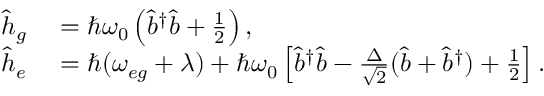
\begin{array} { r l } { \hat { h } _ { g } } & { { } = \hbar \omega _ { 0 } \left( \hat { b } ^ { \dagger } \hat { b } + \frac { 1 } { 2 } \right) , } \\ { \hat { h } _ { e } } & { { } = \hbar ( \omega _ { e g } + \lambda ) + \hbar \omega _ { 0 } \left[ \hat { b } ^ { \dagger } \hat { b } - \frac { \Delta } { \sqrt { 2 } } ( \hat { b } + \hat { b } ^ { \dagger } ) + \frac { 1 } { 2 } \right] . } \end{array}